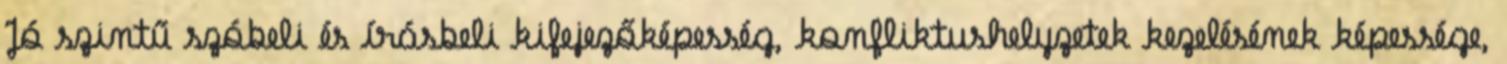
Jó szintű szóbeli és írásbeli kifejezőképesség, konfliktushelyzetek kezelésének képessége,